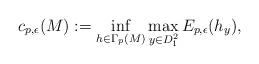
LaTeX: \begin{align*}c_{p,\epsilon}(M):=\inf_{h\in \Gamma_p(M)}\max_{y\in D_1^2}E_{p,\epsilon}(h_y),\end{align*}